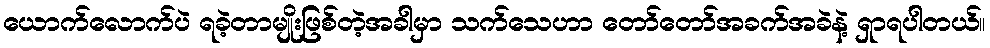
ယောက်လောက်ပဲ ရခဲ့တာမျိုးဖြစ်တဲ့အခါမှာ သက်သေဟာ တော်တော်အခက်အခဲနဲ့ ရှာရပါတယ်။